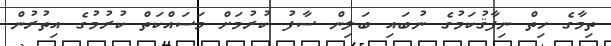
ތިމާގެ ހިތް ނިފާޤުކަމުގެ ނުބައި ބަލިން ސާފު ކުރުމަށް މަސައްކަތް ކުރުމުގެ އިތުރުން